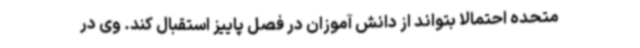
متحده احتمالا بتواند از دانش آموزان در فصل پاییز استقبال کند. وی در